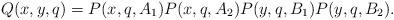
LaTeX: \begin{align*}Q(x,y,q) = P(x,q,A_1)P(x,q,A_2)P(y,q,B_1)P(y,q,B_2).\end{align*}